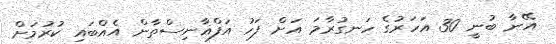
އޭނާ ބުނީ 30 އަހަރުގެ ހަނގުރާމަ އަށް ފަހު އަފްޣާނިސްތާން އެއްބައި ކުރުމަށް